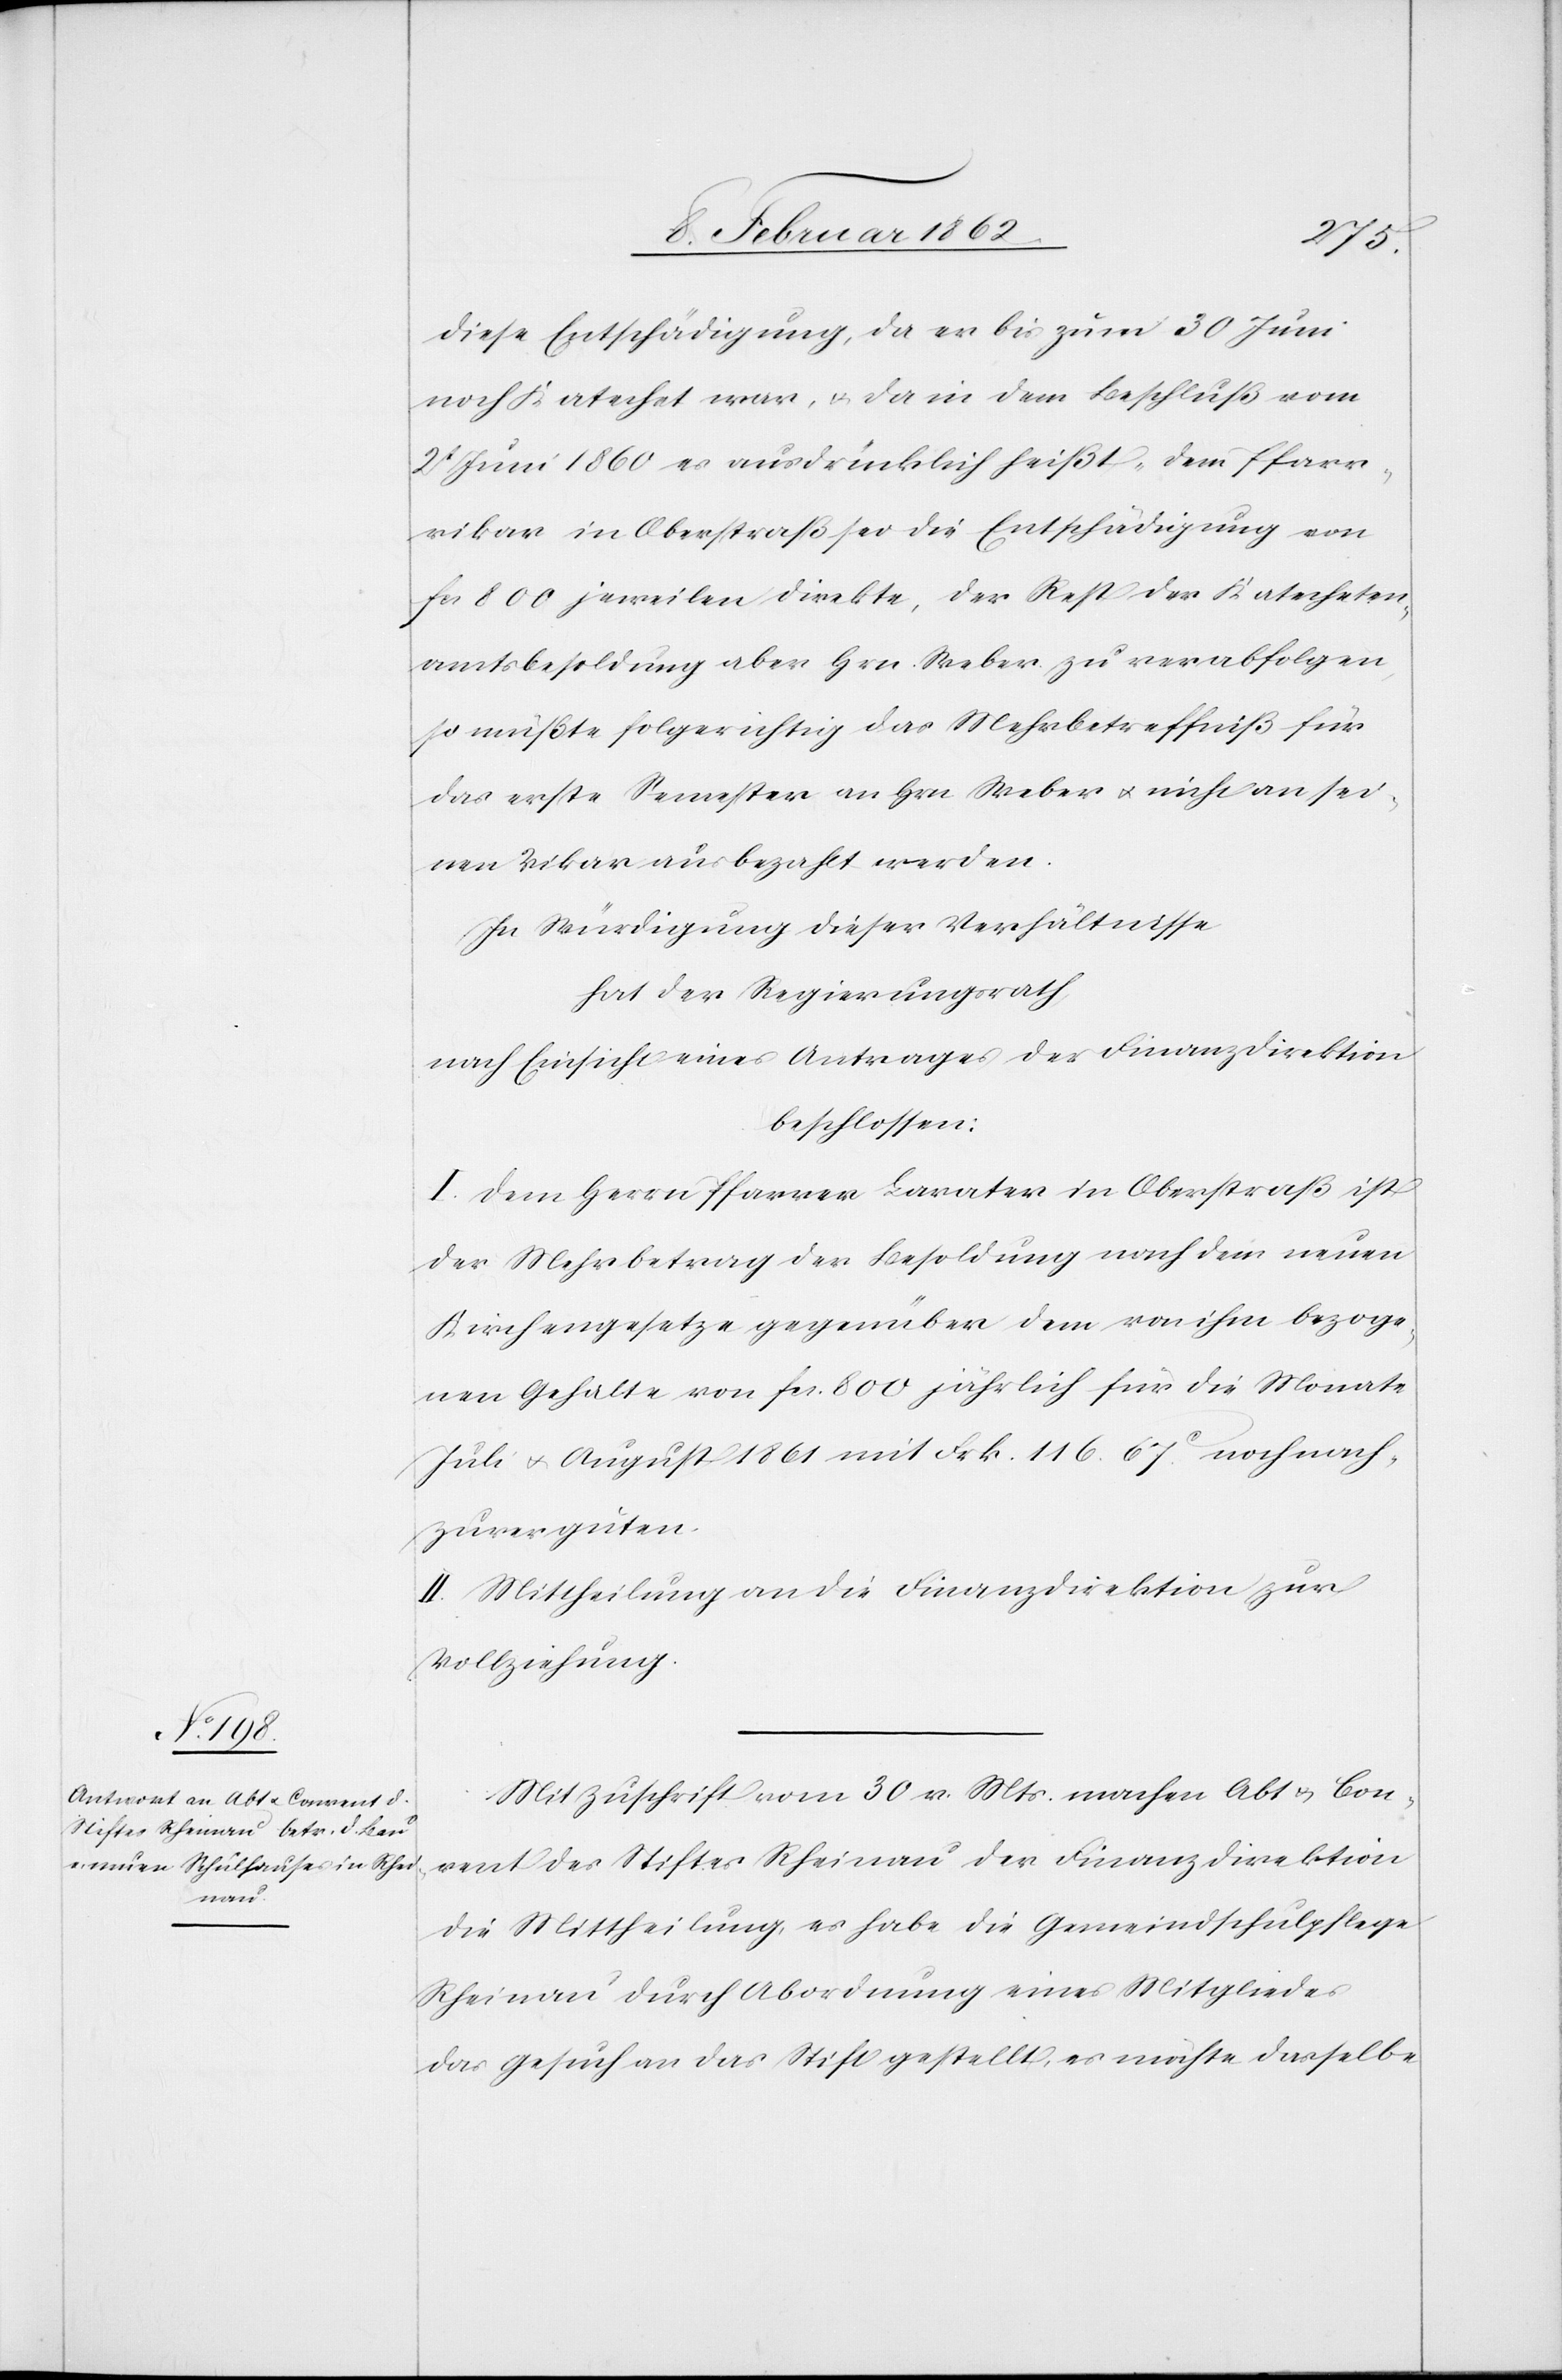
diese Entschädigung, da er bis zum 30 Juni
noch Katechet war, u. da in dem Beschluß vom
2t Juni 1860 es ausdrücklich heißt „dem Pfarr¬
vikar in Oberstraß sei die Entschädigung von
fcs 800 jeweilen direkte, der Rest der Katecheten¬
amtsbesoldung aber Hrn. Weber zu verabfolgen“,
so müßte folgerichtig das Mehrbetreffniß für
das erste Semester an Hrn Weber u. nicht an sei¬
nen Vikar ausbezahlt werden.
In Würdigung dieser Verhältnisse
hat der Regierungsrath
nach Einsicht eines Antrages der Finanzdirektion
beschlossen:
I. Dem Herrn Pfarrer Lavater in Oberstraß ist
der Mehrbetrag der Besoldung nach dem neuen
Kirchengesetze gegenüber dem von ihm bezoge¬
nen Gehalte von fcs. 800 jährlich für die Monate
Juli u. August 1861 mit Frk. 116. 67c. noch nach¬
zuverguten.
II. Mittheilung an die Finanzdirektion zur
Vollziehung.
Mit Zuschrift vom 30 v. Mts. machen Abt u. Con¬
vent des Stiftes Rheinau der Finanzdirektion
die Mittheilung, es habe die Gemeindschulpflege
Rheinau durch Abordnung eines Mitgliedes
das Gesuch an das Stift gestellt, es möchte dasselbe